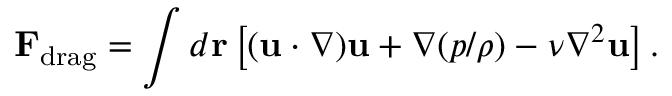
{ \bf F } _ { \mathrm { d r a g } } = \int d { \bf r } \left[ ( { \bf u } \cdot \nabla ) { \bf u } + \nabla ( { p } / { \rho } ) - \nu \nabla ^ { 2 } { \bf u } \right] .